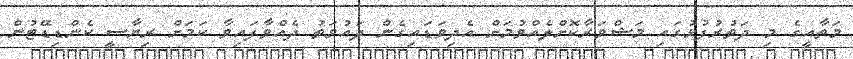
މަތާއީގެ މި ދަތުރުފުޅުގައި މަޝްވަރާކޮށްލެއްވުމަށް އެދިވަޑައިގެން ދައުވަތު ދެއްވާފައިވާ ކަމަށް ރިޔާސީ ކެންޑިޑޭޓުން